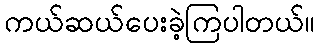
ကယ်ဆယ်ပေးခဲ့ကြပါတယ်။